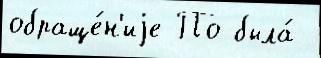
обраще́н'иjе По была́